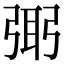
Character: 㢽